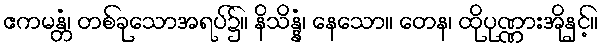
ဧကမန္တံ၊ တစ်ခုသောအရပ်၌။ နိသိန္နံ၊ နေသော။ တေန၊ ထိုပုဏ္ဏားအိုနှင့်။